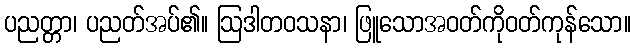
ပညတ္တာ၊ ပညတ်အပ်၏။ ဩဒါတဝသနာ၊ ဖြူသောအဝတ်ကိုဝတ်ကုန်သော။